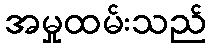
အမှုထမ်းသည်